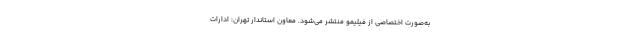
به‌صورت اختصاصی از فیلیمو منتشر می‌شود. معاون استاندار تهران: ادارات